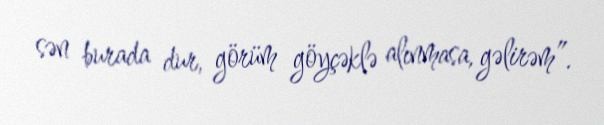
sən burada dur, görüm göyçəklə alınmasa, gəlirəm”.